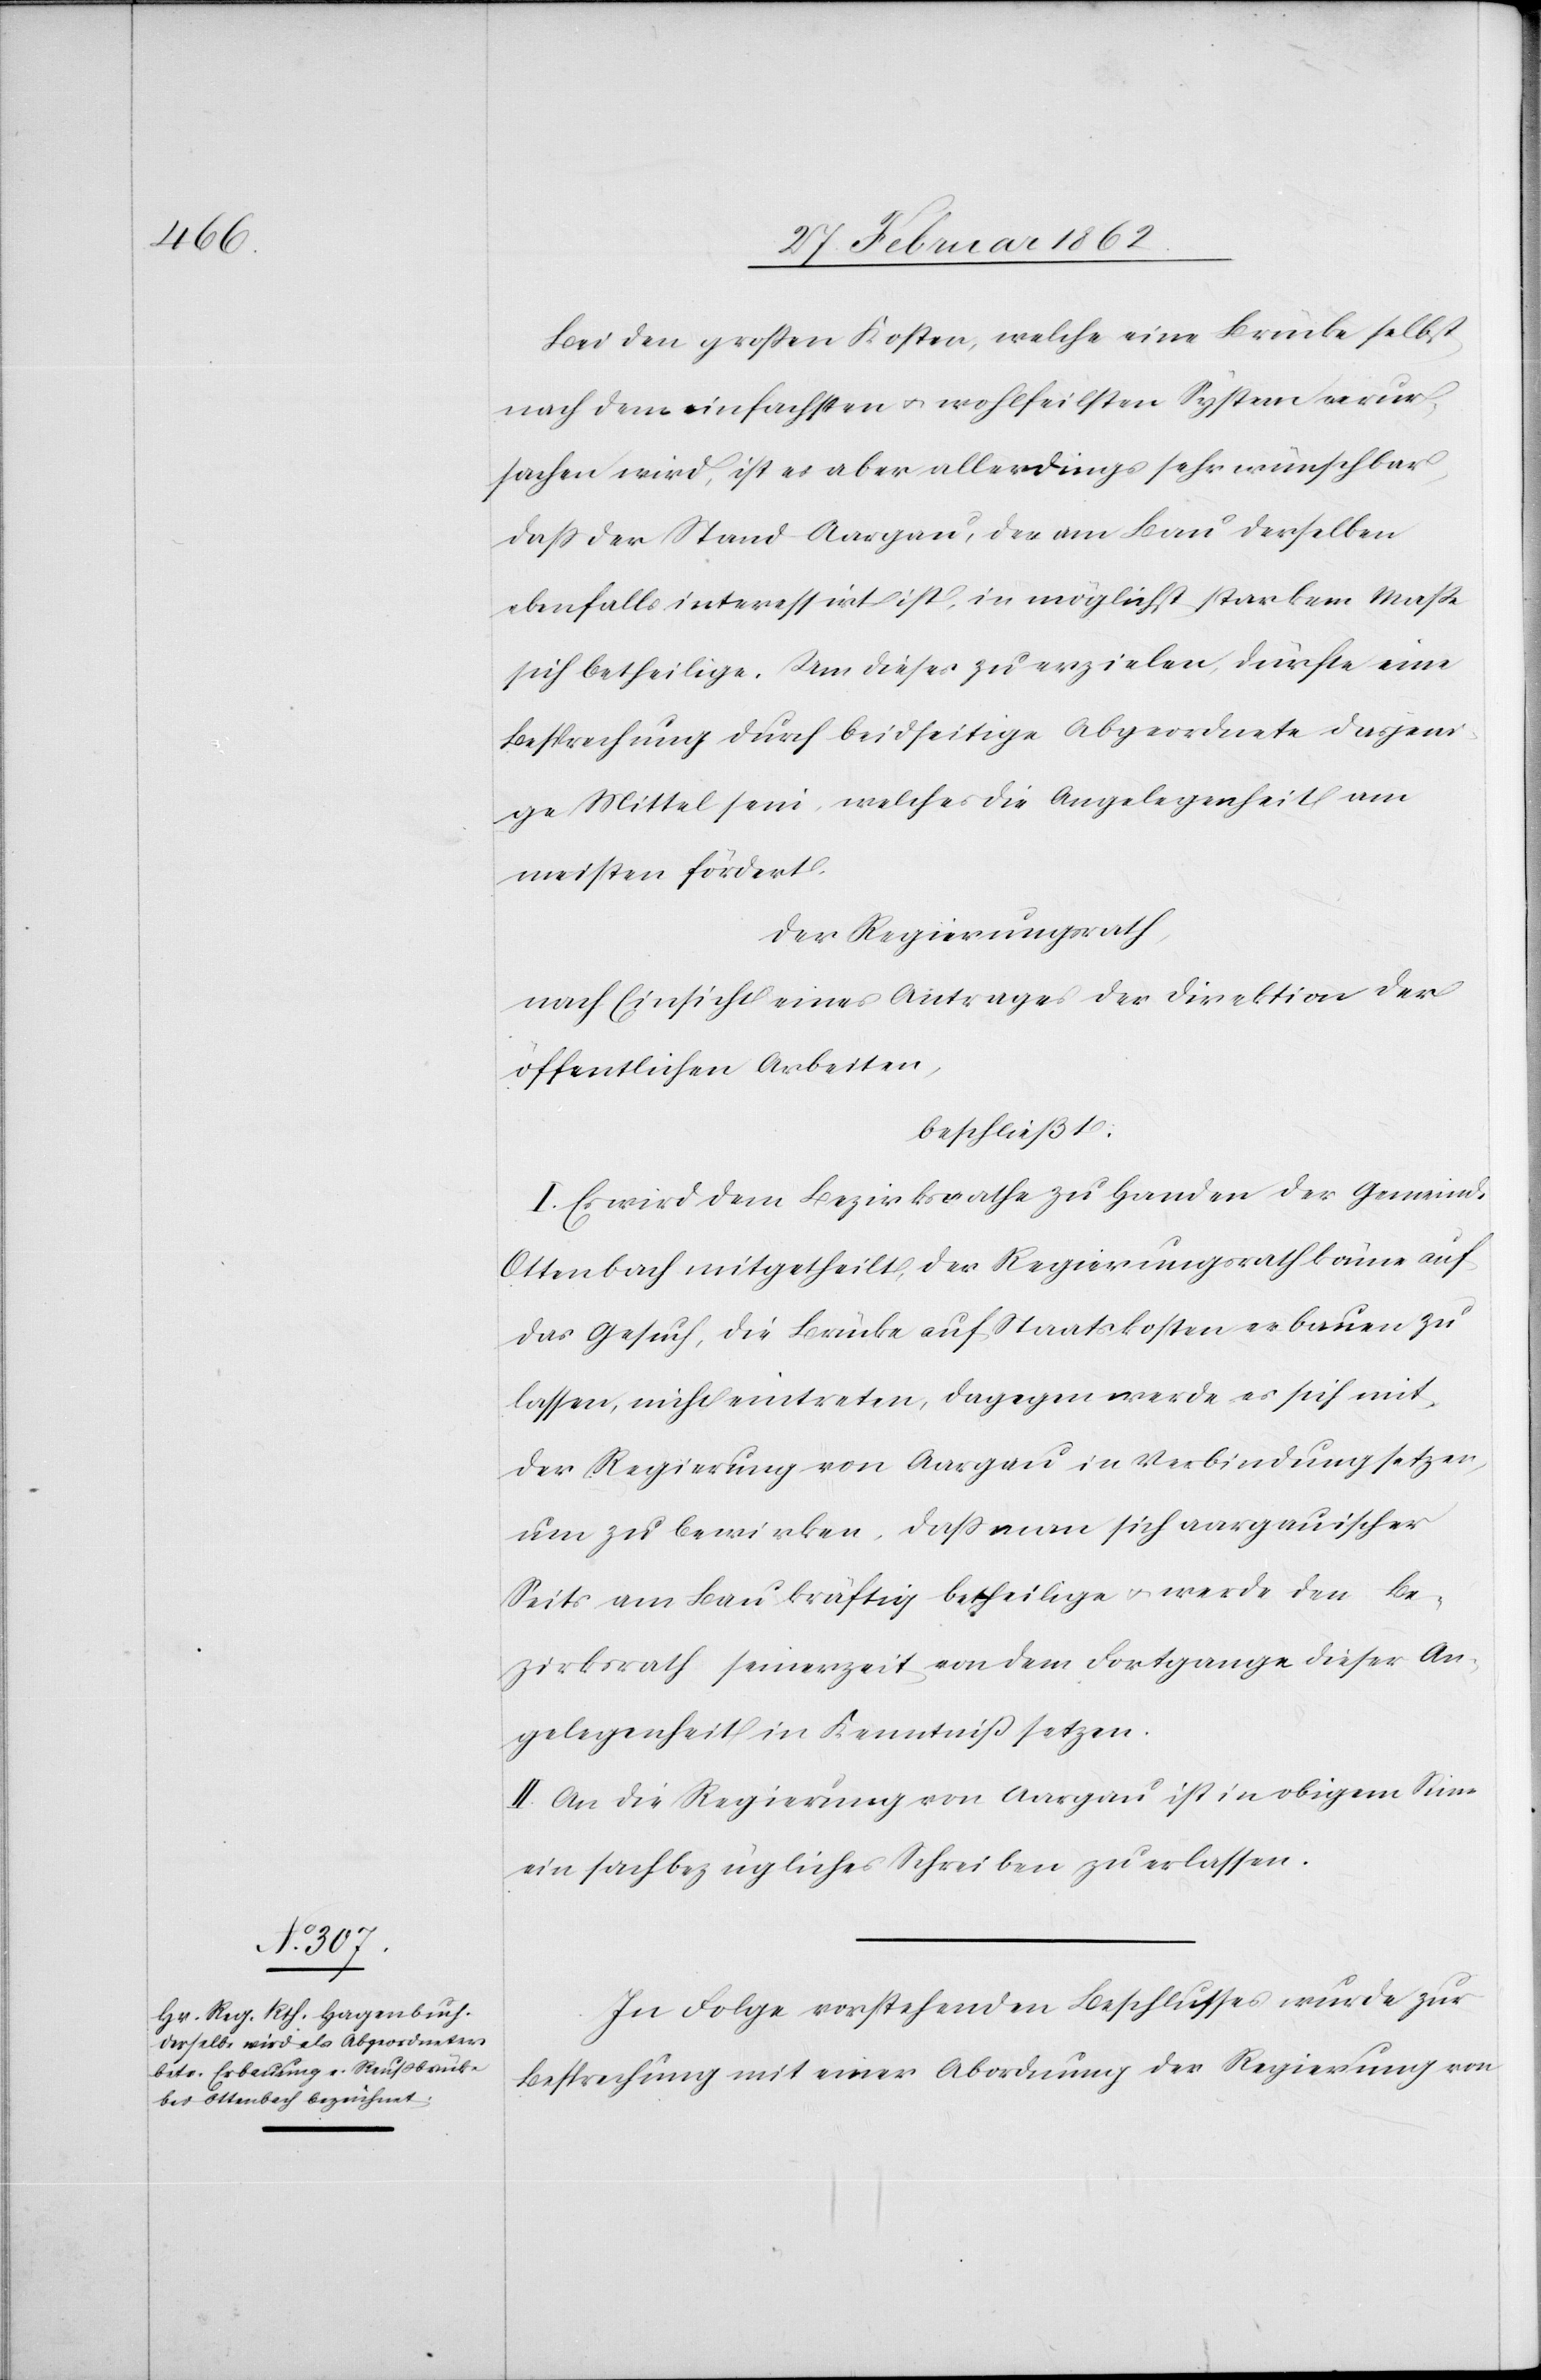
Bei den großen Kosten, welche eine Brücke selbst
nach dem einfachsten u. wohlfeilsten System verur¬
sachen wird, ist es aber allerdings sehr wünschbar,
daß der Stand Aargau, der am Bau derselben
ebenfalls interessirt ist, in möglichst starkem Maße
sich betheilige. Um dieses zu erzielen, dürfte eine
Besprechung durch beidseitige Abgeordnete dasjeni¬
ge Mittel sein, welches die Angelegenheit am
meisten fördert.
Der Regierungsrath,
nach Einsicht eines Antrages der Direktion der
öffentlichen Arbeiten,
beschließt:
I. Es wird dem Bezirksrathe zu Handen der Gemeinde
Ottenbach mitgetheilt, der Regierungsrath könne auf
das Gesuch, die Brücke auf Staatskosten erbauen zu
lassen, nicht eintreten, dagegen werde es [sic!] sich
der Regierung von Aargau in Verbindung setzen,
um zu bewirken, daß man sich aargauischer
Seits am Bau kräftig betheilige u. werde den Be¬
zirksrath seinerzeit von dem Fortgange dieser An¬
gelegenheit in Kenntniß setzen.
II. An die Regierung von Aargau ist in obigem Sinn
ein sachbezügliches Schreiben zu erlassen.
In Folge vorstehenden Beschlusses wurde zur
Besprechung mit einer Abordnung der Regierung von